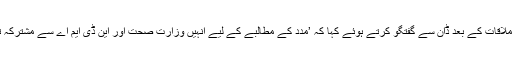
شاہ محمود قریشی نے ملاقات کے بعد ڈان سے گفتگو کرتے ہوئے کہا کہ ’مدد کے مطالبے کے لیے انہیں وزارت صحت اور این ڈی ایم اے سے مشترکہ تجاویز درکار ہوں گی‘۔